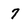
Character: 7